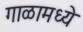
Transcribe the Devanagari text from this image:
गाळामध्ये